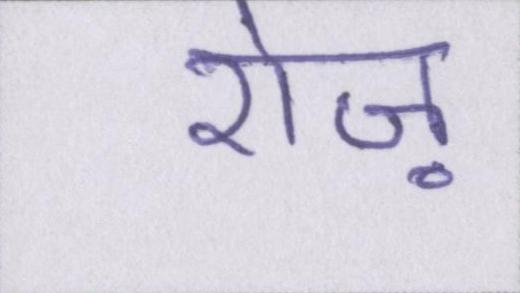
रोज़